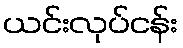
ယင်းလုပ်ငန်း